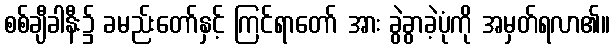
စစ်ချီခါနီး၌ ခမည်းတော်နှင့် ကြင်ရာတော် အား ခွဲခွာခဲ့ပုံကို အမှတ်ရလာ၏။